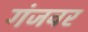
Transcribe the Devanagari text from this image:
गंजवर